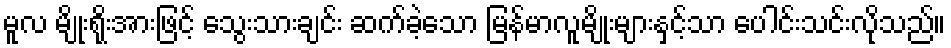
မူလ မျိုးရိုးအားဖြင့် သွေးသားချင်း ဆက်ခဲ့သော မြန်မာလူမျိုးများနှင့်သာ ပေါင်းသင်းလိုသည်။